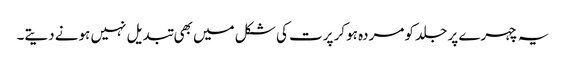
یہ چہرے پر جلد کو مردہ ہوکر پرت کی شکل میں بھی تبدیل نہیں ہونے دیتے۔